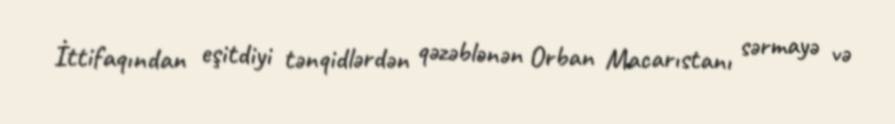
İttifaqından eşitdiyi tənqidlərdən qəzəblənən Orban Macarıstanı sərmayə və